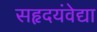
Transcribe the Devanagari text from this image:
सहृदयंवेद्या